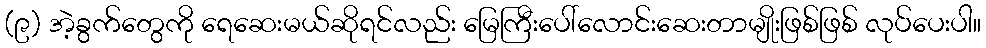
(၉) အဲ့ခွက်တွေကို ရေဆေးမယ်ဆိုရင်လည်း မြေကြီးပေါ်လောင်းဆေးတာမျိုးဖြစ်ဖြစ် လုပ်ပေးပါ။